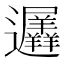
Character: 𮟨